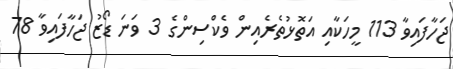
ޖަހާފައިވާ 113 މީހަކާއި އަތޮޅުތެރެއިން ވެކްސިންގެ 3 ވަނަ ޑޯޒު ޖަހާފައިވާ 78